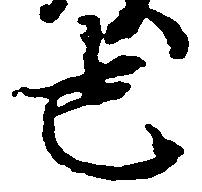
也